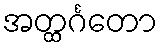
အတ္ထင်္ဂတော